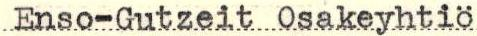
Enso-Gutzeit Osakeyhtiö